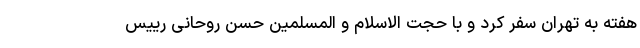
هفته به تهران سفر کرد و با حجت الاسلام و المسلمین حسن روحانی رییس